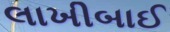
લાખીબાઈ